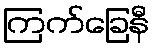
ကြက်ခြေနီ